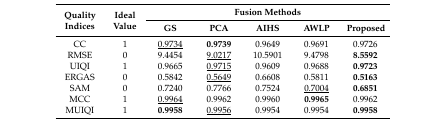
| <ROWSPAN=2> Quality Indices | <ROWSPAN=2> Ideal Value | <COLSPAN=5> Fusion Methods |
 | GS | PCA | AIHS | AWLP | Proposed |
 | --- | --- | --- | --- | --- | --- | --- |
 | CC | 1 | <underline>0.9734</underline> | 0.9739 | 0.9649 | 0.9691 | 0.9726 |
 | RMSE | 0 | 9.4454 | <underline>9.0217</underline> | 10.5901 | 9.4798 | 8.5592 |
 | UIQI | 1 | 0.9665 | <underline>0.9715</underline> | 0.9609 | 0.9688 | 0.9723 |
 | ERGAS | 0 | 0.5842 | <underline>0.5649</underline> | 0.6608 | 0.5811 | 0.5163 |
 | SAM | 0 | 0.7240 | 0.7766 | 0.7524 | <underline>0.7004</underline> | 0.6851 |
 | MCC | 1 | <underline>0.9964</underline> | 0.9962 | 0.9960 | 0.9965 | 0.9962 |
 | MUIQI | 1 | 0.9958 | <underline>0.9956</underline> | 0.9954 | 0.9954 | 0.9958 |